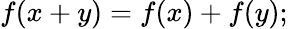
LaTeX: \textstyle f(x+y)=f(x)+f(y);